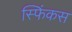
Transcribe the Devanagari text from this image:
स्फिंकस